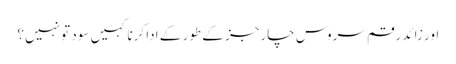
اور زائد رقم سروس چارجز کے طور کے ادا کرنا کہیں سود تو نہیں؟